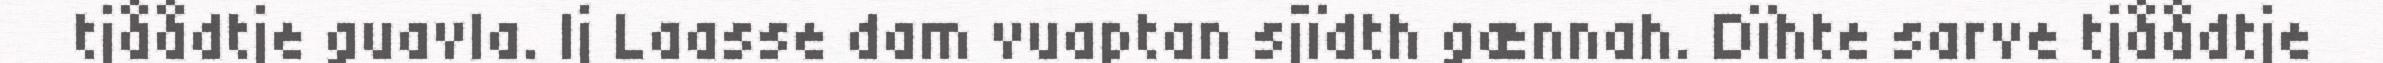
tjåådtje guavla. Ij Laasse dam vuaptan sjïdth gænnah. Dïhte sarve tjåådtje